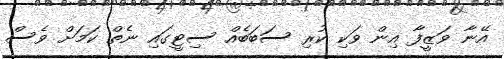
އޭނާ ވަޒީފާ އިން ވަކި ކުރި ސަބަބެއް ސިޓީގައި ނެތް ކަމަށް ވެސް